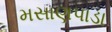
મસાણપાડા